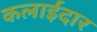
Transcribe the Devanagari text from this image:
कलाईदार